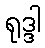
ရုဒ္ဒါ